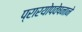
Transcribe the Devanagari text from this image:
प्रारयोपवेषनाने